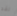
لقد